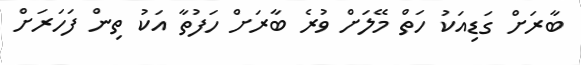
ބާރަށް ގަޑިއަކު ހަތް މޭލަށް ވުރެ ބާރަށް ހަފުތާ އަކު ތިން ފަހަރަށް